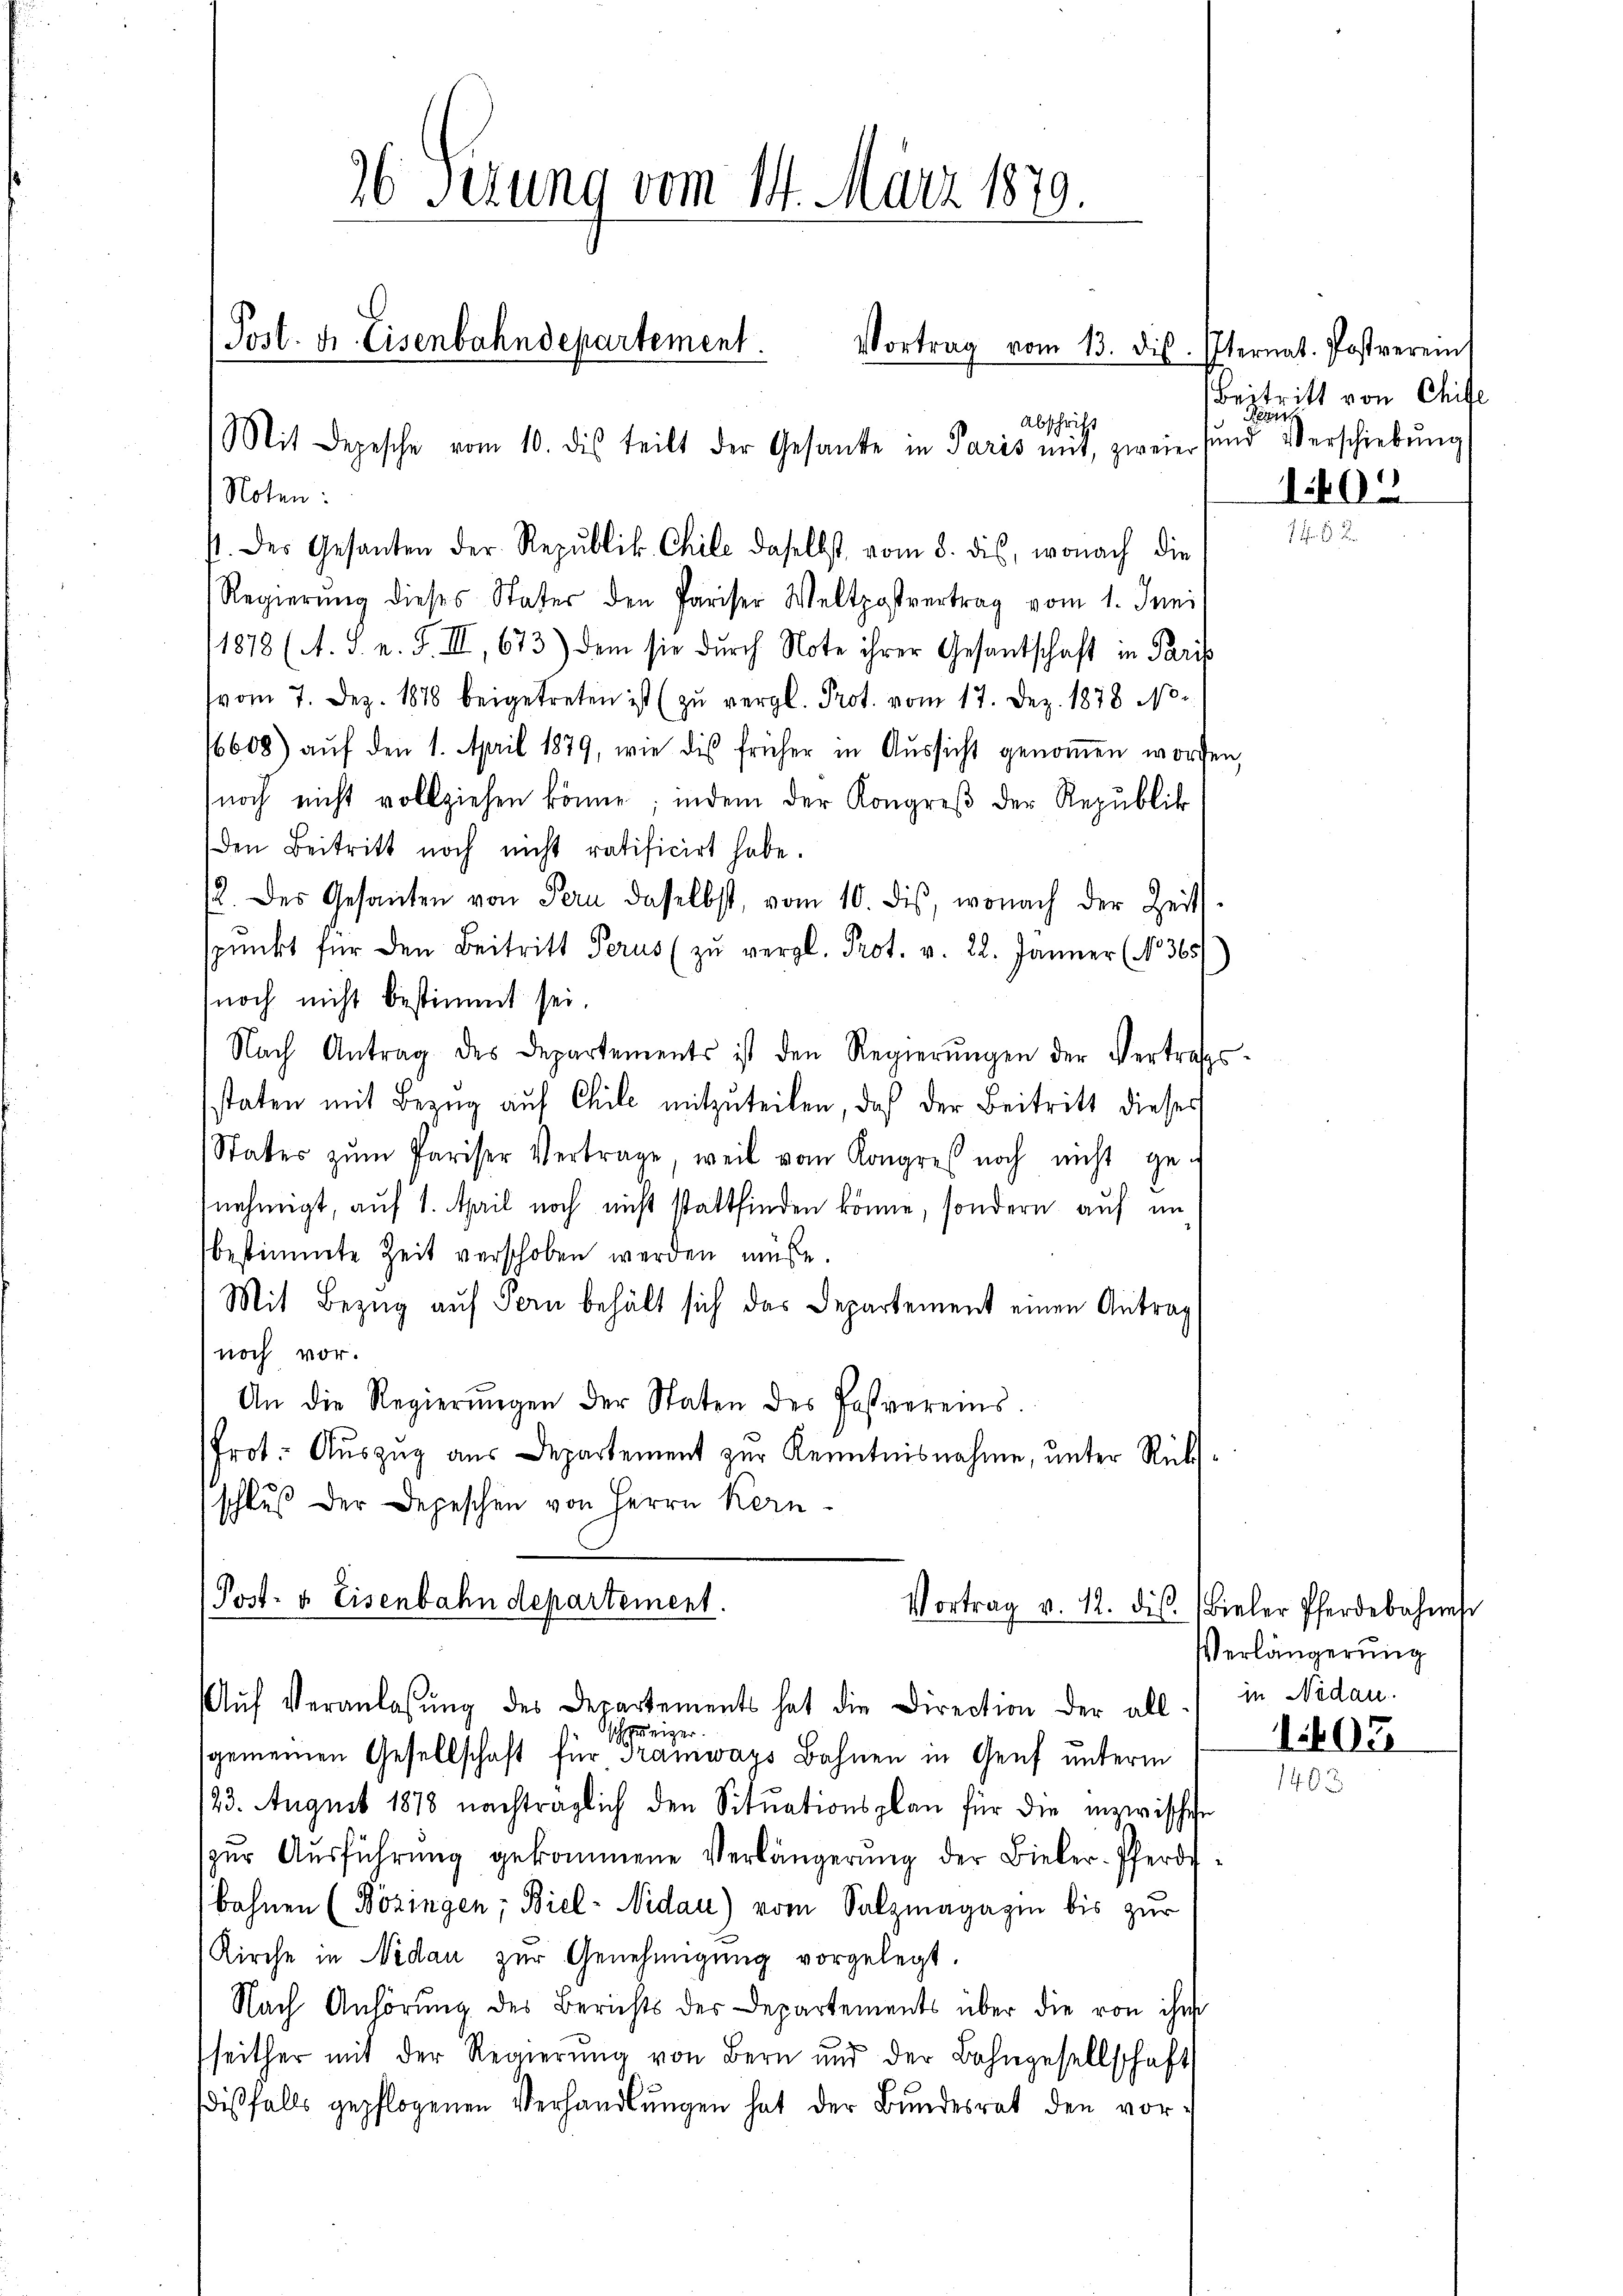
26 sezung vom 14. März 1879.
Post. Fr. Eisenbahndepartement. Vortrag vom 13. dis.
Abschrift
Mit Depesche vom 10. dis teilt der Gesanke in Paris mit, zweier

Noten:

st. Der Gesandten der Republik. Chile daselbst vom 8. dis, wonach die
Regierŭng dieses Vater den Pariser Weltpostvertrag vom 1. Juni
11878 (A. S. n. F. III, 673) dem sie durch Note ihrer Gesantschaft in Paris
vom 7. Dez. 1878 beigetreten ist (zu vergl. Prot. vom 17. Dez. 1878 No
/6608) auf den 1. April 1879, wie dis früher in Aŭssicht genoṁen worden
noch nicht vollziehen könne; indem der Kongreß der Republik
den Beitritt noch nicht ratificirt habe.
2. des Gesanten von Pern daselbst, vom 10. dis, wonach der Zeits-
pŭnkt für den Beitritt Perus (zŭ vergl. Prot. v. 22. Jänner (No. 365
noch nicht bestimmt sei.
Nach Antrag des Departements ist den Regierŭngen der Vertrags-
staten mit Bezug auf Chile mitzuteilen, daß der Beitritt dieses
Stater zŭm Pariser Vertrage, weil vom Kongres noch nicht ge-
nehmigt, auf 1. April noch nicht stattfinden könne, sondern auf im
bestimmte Zeit verschoben werden müße.
Mit Bezug auf Fern behält sich das Departement einen Antrag
noch vor.
An die Regierŭngen der Staten des Postvereins.
frot. Auszug aus Departement zur Kenntnisnahme, unter Rücksschluß der Depeschen von Herrn Kern-
Post- & Eisenbahndepartement.
Vortrag v. 12. ds. (Bieler Pferdebahnst
Aŭf Veranlassŭng des Departements hat die Direction der all in Nidau.
dschweige
sgemeinen Gesellschaft für Tramways Bahnen in Genf unterm
123. August 1878 nachträglich den Situationsplan für die inzwischen
zur Ausführung gekommene Verlängerung der Bieler-Pferdbahnen (Bözingen; Biel-Nidau) vom Salzmagazin bis zur
Kirche in Nidau zŭr Genehmigŭng vorgelegt.
Nach Anhörung des Berichts der Departements über die von ihr
seither mit der Regierŭng von Bern und der Bahngesellschaft
dißfalls gepflogenen Verhandlungen hat der Bundesrat den vor¬

Pternat. Postvereint
Beitritt von Chife
Föger
sund Verschiebung
1402

Verlängerung

1607
1403